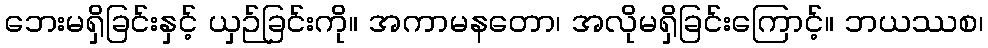
ဘေးမရှိခြင်းနှင့် ယှဉ်ခြင်းကို။ အကာမနတော၊ အလိုမရှိခြင်းကြောင့်။ ဘယဿစ၊